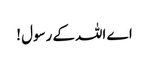
اے اللہ کے رسول !